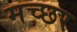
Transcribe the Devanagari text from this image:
मच्‍छर